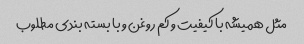
مثل همیشه با کیفیت و کم روغن و با بسته بندی مطلوب